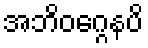
အဘိဝဂ္ဂေနပိ